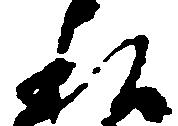
私